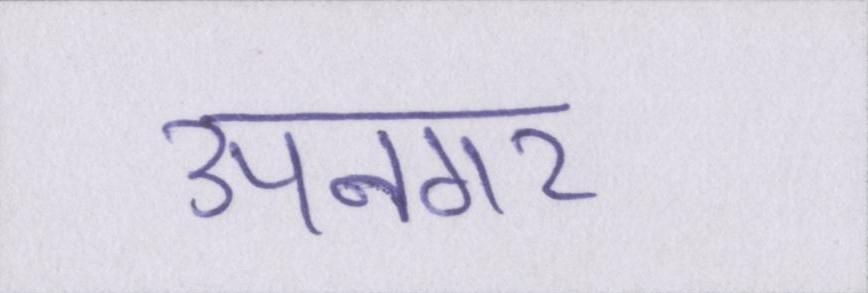
उपनगर